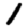
Digit: 1